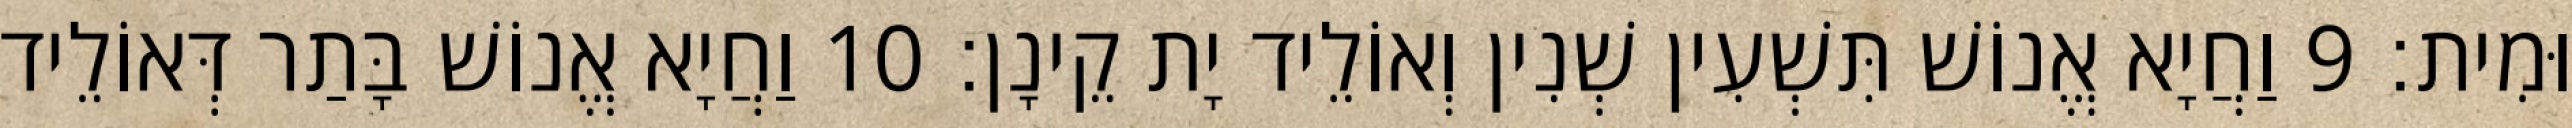
וּמִית׃ 9 וַחֲיָא אֱנוֹשׁ תִּשְׁעִין שְׁנִין וְאוֹלֵיד יָת קֵינָן׃ 10 וַחֲיָא אֱנוֹשׁ בָּתַר דְּאוֹלֵיד